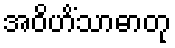
အဝိဟိံသာဓာတု